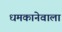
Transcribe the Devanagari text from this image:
धमकानेवाला